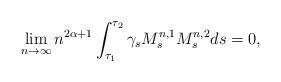
LaTeX: \begin{align*} \lim_{n\rightarrow \infty}n^{2\alpha+ 1}\int^{\tau_2}_{\tau_1} \gamma_s M^{n,1}_s M^{n,2}_s ds=0, \end{align*}